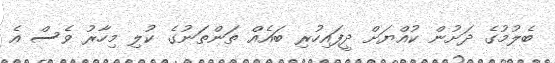
ބެލުމުގެ ދަށުން ކުއްޔަށް ދީފައިހުރި ބައެއް ތަންތަނުގެ ކުލި މިހާރު ވެސް އެ